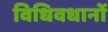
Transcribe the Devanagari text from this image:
विधिवधानों